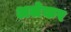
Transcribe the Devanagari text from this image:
अलेकर